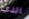
الذي